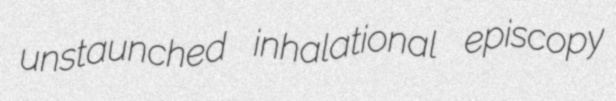
unstaunched inhalational episcopy